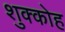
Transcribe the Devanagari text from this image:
शुक्कोह